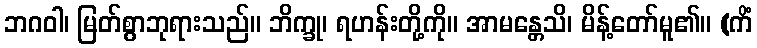
ဘဂဝါ၊ မြတ်စွာဘုရားသည်။ ဘိက္ခု၊ ရဟန်းတို့ကို။ အာမန္တေသိ၊ မိန့်တော်မူ၏။ (ကိံ